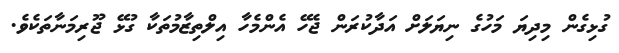
ގުޅިގެން މިދިޔަ މަހުގެ ނިޔަލަށް އަދާކުރަން ޖެހޭ އެންމެހާ އިލްތިޒާމުތަކާ ގުޅޭ ޖޫރިމަނާތަކެވެ.